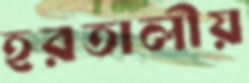
হরতালীয়